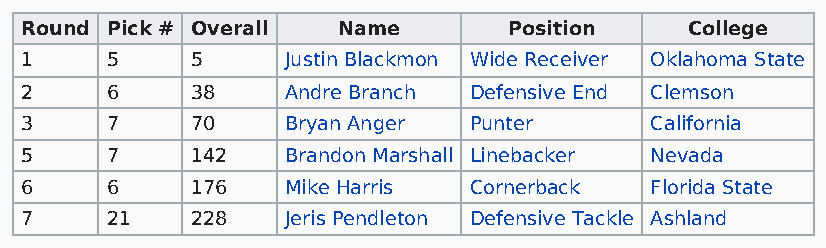
Round Pick # Overall Name        Position   College
 1     5     5     Justin Blackmon Wide Receiver Oklahoma State
 2     6     38    Andre Branch Defensive End Clemson
 3     7     70    Bryan Anger Punter      California
 5     7     142   Brandon Marshall Linebacker Nevada
 6     6     176   Mike Harris Cornerback  Florida State
 7     21    228   Jeris Pendleton Defensive Tackle Ashland